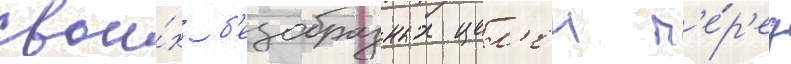
свои́х б'езобразных цел'еи п'е́р'ед